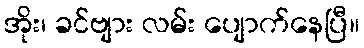
အိုး၊ ခင်ဗျား လမ်း ပျောက်နေပြီ။